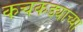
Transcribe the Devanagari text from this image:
कचकड्याच्या